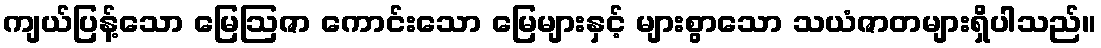
ကျယ်ပြန့်သော မြေဩဇာ ကောင်းသော မြေများနှင့် များစွာသော သယံဇာတများရှိပါသည်။